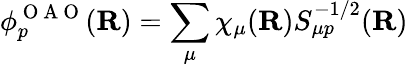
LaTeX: \phi_{p}^{\mathrm{~O~A~O~}}({\mathbf{R}})=\sum_{\mu}\chi_{\mu}({\mathbf{R}})S_{\mu p}^{-1/2}({\mathbf{R}})